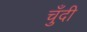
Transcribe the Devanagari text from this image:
चुँदी